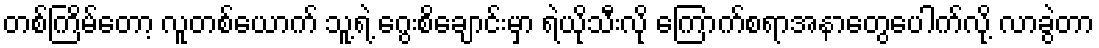
တစ်ကြိမ်တော့ လူတစ်ယောက် သူ့ရဲ့ ဂွေးစိချောင်းမှာ ရဲယိုသီးလို ကြောက်စရာအနာတွေပေါက်လို့ လာခွဲတာ